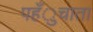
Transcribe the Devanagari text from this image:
पहँुचाता